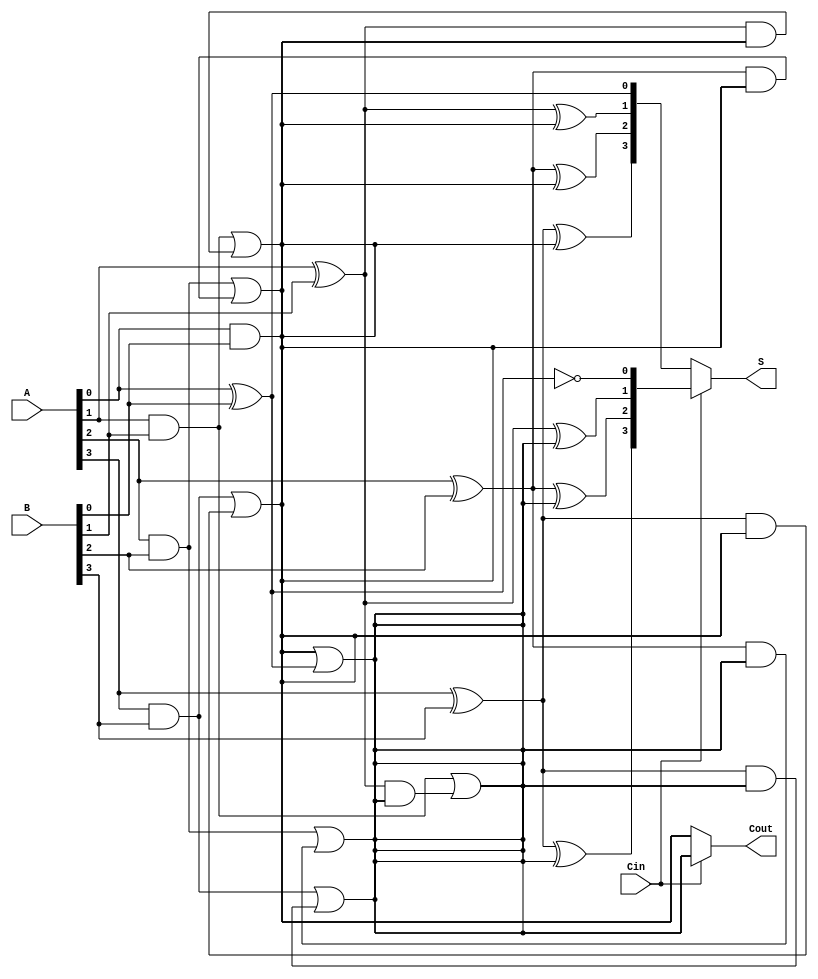
module CarrySelectAdder4Bit (
    input  [3:0] A,     // 4-bit input A
    input  [3:0] B,     // 4-bit input B
    input         Cin,   // Carry-in
    output [3:0] S,     // 4-bit Sum output
    output        Cout   // Carry-out
);

    wire [3:0] S0, S1;  // Sums for Cin = 0 and Cin = 1
    wire C0, C1;        // Carry-outs for Cin = 0 and Cin = 1

    // Full adder logic for Cin = 0
    assign S0[0] = A[0] ^ B[0] ^ 1'b0;
    assign C0 = (A[0] & B[0]) | ((A[0] ^ B[0]) & 1'b0);
    
    assign S0[1] = A[1] ^ B[1] ^ C0;
    assign C0 = (A[1] & B[1]) | ((A[1] ^ B[1]) & C0);
    
    assign S0[2] = A[2] ^ B[2] ^ C0;
    assign C0 = (A[2] & B[2]) | ((A[2] ^ B[2]) & C0);
    
    assign S0[3] = A[3] ^ B[3] ^ C0;
    assign C0 = (A[3] & B[3]) | ((A[3] ^ B[3]) & C0);

    // Full adder logic for Cin = 1
    assign S1[0] = A[0] ^ B[0] ^ 1'b1;
    assign C1 = (A[0] & B[0]) | ((A[0] ^ B[0]) & 1'b1);
    
    assign S1[1] = A[1] ^ B[1] ^ C1;
    assign C1 = (A[1] & B[1]) | ((A[1] ^ B[1]) & C1);
    
    assign S1[2] = A[2] ^ B[2] ^ C1;
    assign C1 = (A[2] & B[2]) | ((A[2] ^ B[2]) & C1);
    
    assign S1[3] = A[3] ^ B[3] ^ C1;
    assign C1 = (A[3] & B[3]) | ((A[3] ^ B[3]) & C1);

    // MUX to select the correct sum and carry-out based on Cin
    assign S = Cin ? S1 : S0;
    assign Cout = Cin ? C1 : C0;

endmodule